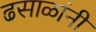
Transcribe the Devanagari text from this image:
ढसाळांनी